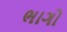
ભાગો